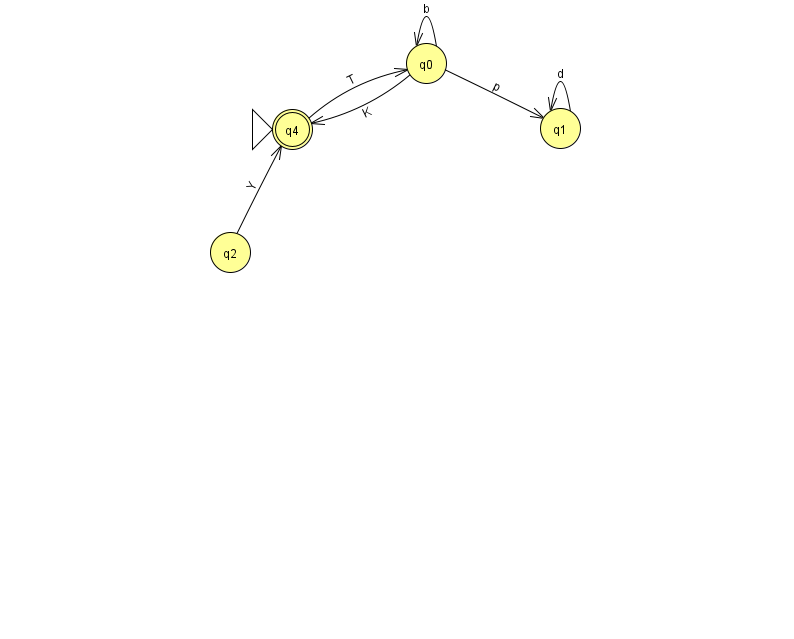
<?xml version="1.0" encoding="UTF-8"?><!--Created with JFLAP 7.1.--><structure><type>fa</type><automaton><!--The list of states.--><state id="0" name="q0"><x>426.0</x><y>50.0</y></state><state id="1" name="q1"><x>560.0</x><y>115.0</y></state><state id="2" name="q2"><x>230.0</x><y>239.0</y></state><state id="4" name="q4"><x>292.0</x><y>116.0</y><initial/><final/></state><!--The list of transitions.--><transition><from>0</from><to>0</to><read>b</read></transition><transition><from>0</from><to>4</to><read>K</read></transition><transition><from>1</from><to>1</to><read>d</read></transition><transition><from>0</from><to>1</to><read>p</read></transition><transition><from>2</from><to>4</to><read>Y</read></transition><transition><from>4</from><to>0</to><read>T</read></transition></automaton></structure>